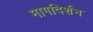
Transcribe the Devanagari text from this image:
मागदिर्शन